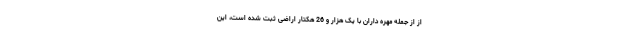
از از جمله مهره داران با یک هزار و 26 هکتار اراضی ثبت شده است، این